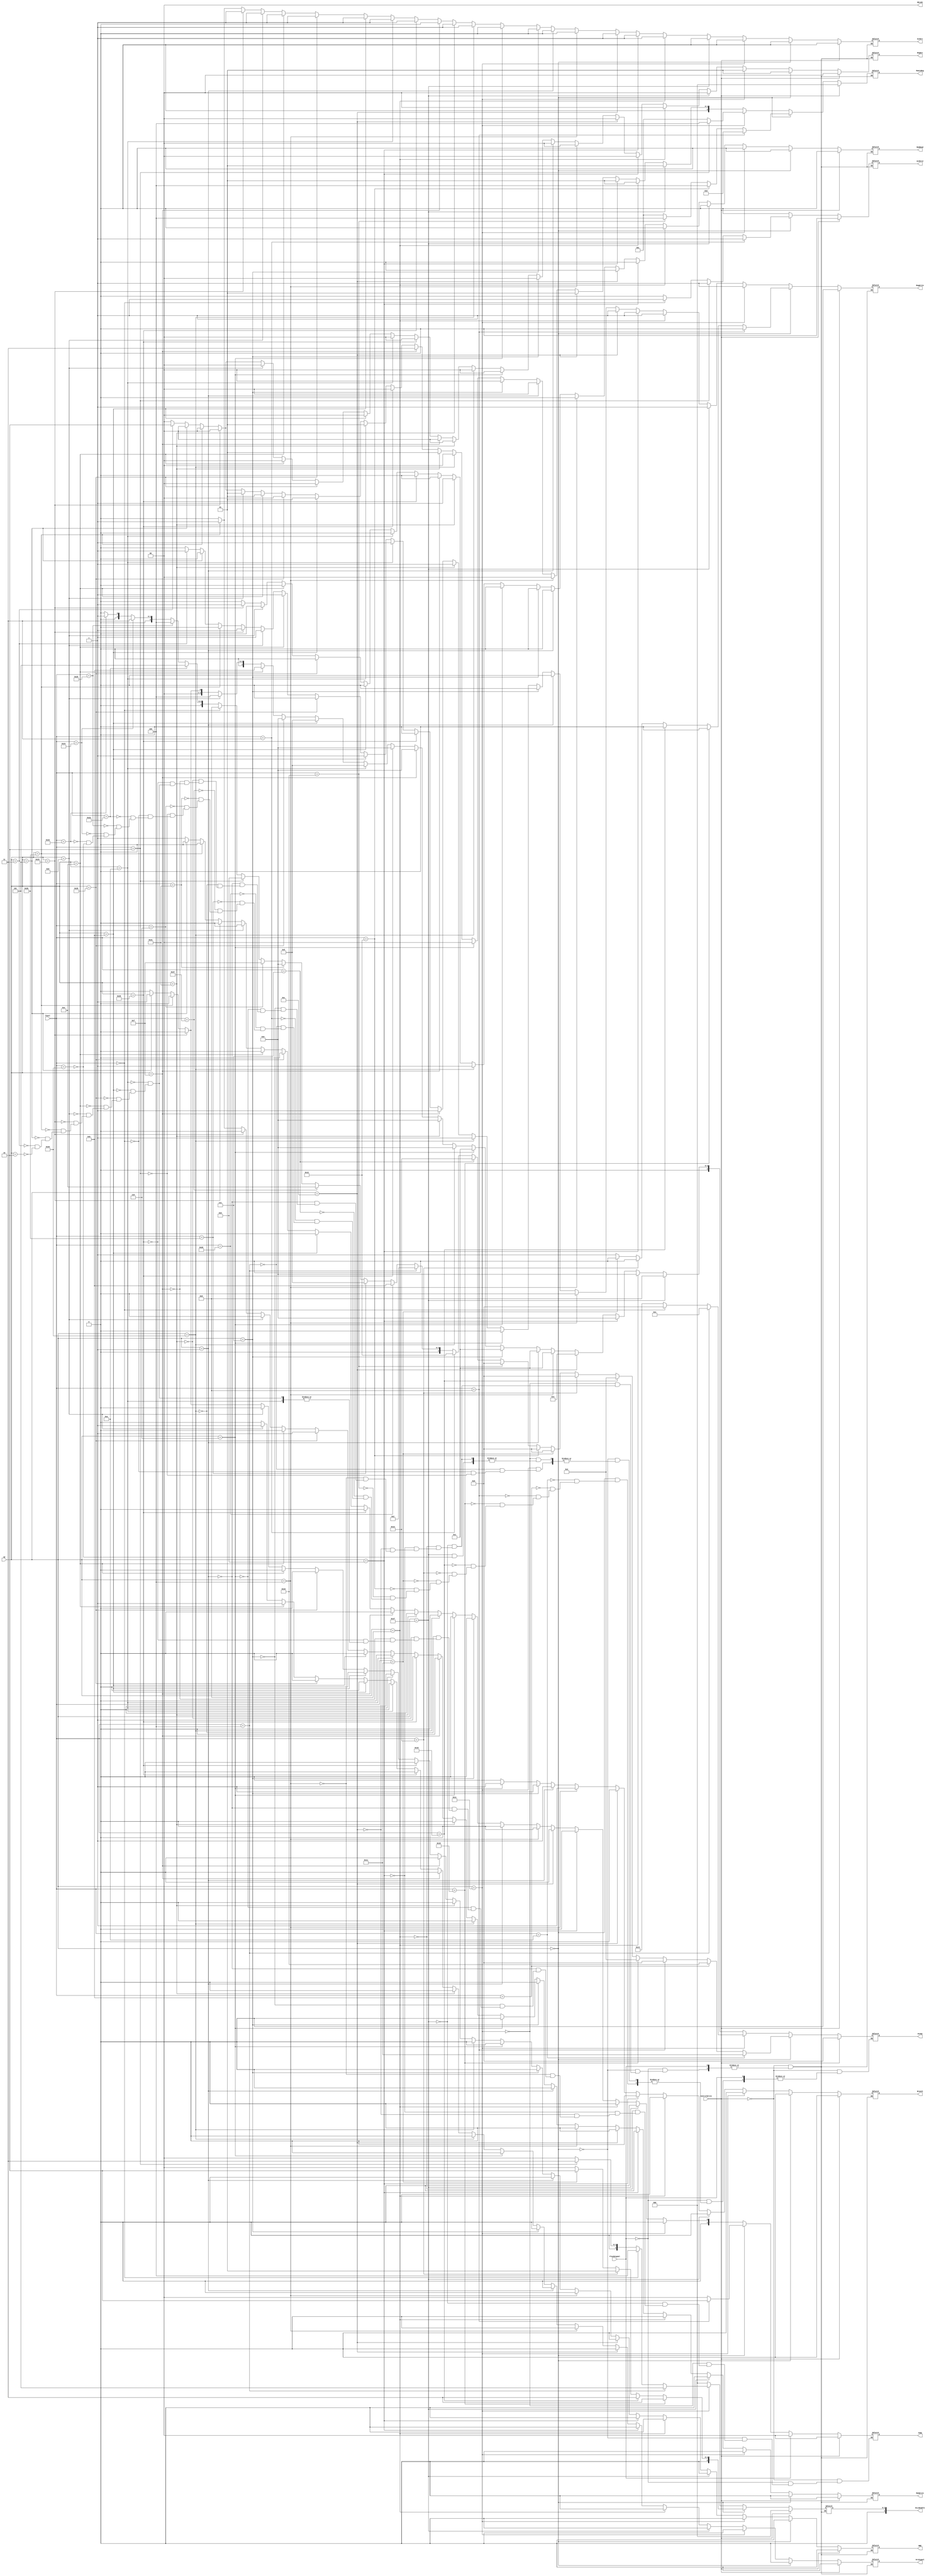
`timescale 1ns / 1ps

module Controller(op, Funct, RegDst, RegWrite, ALUSrc, ALUop,
     MemRead, MemWrite, MemtoReg,  Branch,Jump,ALUSrc2,BNE,SELoHi,HiLoEnable, ControlWrite,
     FlushSignal,OriSignal);
    
    input ControlWrite;
    input [5:0] op;
    input [5:0] Funct;
    input FlushSignal;
    output reg  RegWrite, ALUSrc, MemRead, MemWrite,  
       Branch,ALUSrc2, BNE, OriSignal;
    output reg [4:0] ALUop;
    output reg [1:0] RegDst,Jump, SELoHi;
    output reg [2:0] MemtoReg;
    output reg [3:0] HiLoEnable;
    
    initial begin 
       ALUSrc <= 0;
       ALUSrc2 <=0;
	   RegDst <= 0;
	   RegWrite <= 0;
	   MemRead <= 0;
	   //PCSrc <=0;
	   MemWrite <= 0;
	   MemtoReg <= 0;
	   Branch <= 0;
	   BNE <= 0;
	   Jump <= 0;
	   ALUop <= 4'b0000;
	   SELoHi<=0;
	   HiLoEnable <= 0;
	end 
    
    always @(op,Funct, ControlWrite,FlushSignal) begin 
    
    if (ControlWrite == 1) begin
       ALUSrc <= 0;
       ALUSrc2 <=0;
	   RegDst <= 0;
	   RegWrite <= 0;
	   MemRead <= 0;
	   MemWrite <= 0;
	   MemtoReg <= 0;
	   Branch <= 0;
	   BNE <= 0;
	   Jump <= 0;
	   ALUop <= 4'b0000;
	   SELoHi<=0;
	   HiLoEnable <= 0;
	   OriSignal <=0;
    end
    else if (FlushSignal == 1) begin
        Jump <=0;
    end
    
    else begin
    
	if (op == 6'b000000) begin // R-type instruction
	ALUSrc <= 0;
	RegDst <= 1;
	RegWrite <= 1;
	MemRead <= 0;
	//PCSrc <=0;
	MemWrite <= 0;
	MemtoReg <= 1;
	Branch <= 0;
	BNE <= 0;
	Jump <= 0;
	ALUSrc2 <=0;
	SELoHi<=0;
	HiLoEnable <= 0;
	OriSignal <=0;
		if (Funct == 6'b100000) begin // Add
			ALUop <= 4'b0000;
		end
		if (Funct == 6'b100010) begin // Subtract (sub)
			ALUop <= 4'b0001;
		end
		if (Funct == 6'b100100) begin // And
			ALUop <= 4'b0011;
		end
		if (Funct == 6'b100101) begin // Or
			ALUop <= 4'b0100;
		end
		if (Funct == 6'b101010) begin // SLT
			ALUop <= 4'b0101;
		end
		if (Funct == 6'b000000) begin // SLL
		ALUSrc2 <=1;
		ALUop <= 4'b1000;
		end
		if (Funct == 6'b000010) begin // SRL and rotr
		ALUSrc2 <= 1;
			ALUop <= 4'b1001;
		end
		if (Funct == 6'b000110) begin // SRLV and rotrv
			ALUop <= 4'b1111;
		end
	    if (Funct == 6'b100001) begin // Add unsigned (addu)
			ALUop <= 4'b0000; 
		end
	    if (Funct == 6'b100111) begin // Nor
			ALUop <= 4'b1110; 
		end
        if (Funct == 6'b101011) begin // SLT unsigned (sltu)
			ALUop <= 4'b0101; 
		end
	    if (Funct == 6'b100110) begin // Exclusive or (xor)
			ALUop <= 4'b1011;
		end
	    if (Funct == 6'b000100) begin // SLLV
			ALUop <= 4'b0010;
		end
	    if (Funct == 6'b000011) begin // SRA
			ALUop <= 5'b10010; 
			ALUSrc2 <= 1;
		end
	    if (Funct == 6'b000111) begin // SRAV
			ALUop <= 5'b10011; 
		end
	    if (Funct == 6'b010000) begin // MFHI
	       // SELoHi <= 2;
	        //ALUSrc <= 1;
	        MemtoReg <= 4;
			ALUop <= 4'b0000; 
		end
	    if (Funct == 6'b010010) begin // MFLO
	        //SELoHi <=1;
	        //ALUSrc <=1;
	        MemtoReg <= 4;
			ALUop <= 4'b0000; 
		end
	    if (Funct == 6'b010001) begin // MTHI
	       RegWrite <= 0;
	       HiLoEnable <= 2;
			ALUop <= 4'b0000; 
		end
	    if (Funct == 6'b010011) begin // MTLO
	    RegWrite <= 0;
	    HiLoEnable <= 1;
			ALUop <= 4'b0000; 
		end
	    if (Funct == 6'b011000) begin // Multiply word (mult)
	        RegWrite <= 0;
	        HiLoEnable <= 3;
			ALUop <= 4'b0010; 
		end
	    if (Funct == 6'b011001) begin // Multiply unsigned
	    RegWrite <= 0;
	    HiLoEnable <= 3;
			ALUop <= 4'b0010; 
		end
	    if (Funct == 6'b001000) begin // JR
	       Jump <= 2;
	       RegWrite <= 0;
	       MemWrite <= 0;
	       MemtoReg <= 2;
			ALUop <= 4'b0000; 
		end
	    if (Funct == 6'b001011) begin // Move conditional on not zero (movn)
			ALUop <= 5'b10000; 
		end
	    if (Funct == 6'b001010) begin // Move conditional on zero (movz)
			ALUop <= 5'b10001; 
		end

	end

    
	else if (op == 6'b011100) begin // Special reg 2
	ALUSrc <= 0;
	RegDst <= 1;
	RegWrite <= 1;
	MemRead <= 0;
	MemWrite <= 0;
	MemtoReg <= 1;
	//PCSrc <= 0;
	BNE <= 0;
	Branch <= 0;
	Jump <= 0;
	ALUSrc2 <=0;
	SELoHi<=0;
	HiLoEnable <= 0;
	OriSignal <=0;
	/*
		if (Funct == 6'b100001) begin // 
			ALUop <= 4'b1011;
		end
		if (Funct == 6'b100000) begin // 
			ALUop <= 4'b1100;
		end */
		if (Funct == 6'b000010) begin // mul
	    //SELoHi<=1;
		HiLoEnable <= 3;
	    //ALUSrc <= 1;
		ALUop <= 5'b10100; 
		//ALUop <= 4'b0000;
		MemtoReg <= 4;
			
		end 
	   	if (Funct == 6'b000000) begin // Multiply and add word to hi,lo (madd)
	   	   HiLoEnable <=4;
			ALUop <= 4'b0000; 
		end
	    if (Funct == 6'b000100) begin // Multiply and subtract word to hi,lo (msub)
			ALUop <= 4'b0001; 
			HiLoEnable <=5;
		end
	end 
	
    else if (op == 6'b011111) begin // Special reg 3 (WIP)
	ALUSrc <= 0;
	ALUSrc2 <=0;
	RegDst <= 0;
	RegWrite <= 1;
	BNE <= 0;
	MemRead <= 0;
	MemWrite <= 0;
	MemtoReg <= 1;
	//PCSrc <= 0;
	Branch <= 0;
	Jump <= 0;
	SELoHi <= 0;
	HiLoEnable <= 0;
	OriSignal <=0;
		if (Funct == 6'b100000) begin // Sign-extend halfword (seh)
			ALUop <= 4'b1000; 
		end
		if (Funct == 6'b100000) begin // Sign-extend byte (seb)
			ALUop <= 4'b1000; 
		end
	end 


    else if (op == 6'b001000) begin //ADDI
	ALUSrc <= 1;
	RegDst <= 0;
	ALUSrc2 <=0;
	RegWrite <= 1;
	ALUop <= 4'b0000;
	MemRead <= 0;
	BNE <= 0;
	MemWrite <= 0;
	MemtoReg <= 1;
	//PCSrc <= 0;
	Branch <= 0;
	Jump <= 0;
	SELoHi<=0;
	HiLoEnable <= 0;
	OriSignal <=0;
	end
	
	else if (op == 6'b001001) begin //ADDIU
	ALUSrc <= 1;
	RegDst <= 0;
	RegWrite <= 1;
	ALUop <= 4'b0000;
	MemRead <= 0;
	MemWrite <= 0;
	ALUSrc2 <=0;
	MemtoReg <= 1;
	BNE <= 0;
	//PCSrc <= 0;
	Branch <= 0;
	Jump <= 0;
	SELoHi<=0;
	HiLoEnable <= 0;
	OriSignal <=0;
	end
	
	else if (op == 6'b001100) begin //ANDI
	ALUSrc <= 1;
	RegDst <= 0;
	RegWrite <= 1;
	BNE <= 0;
	ALUop <= 4'b0011;
	MemRead <= 0;
	MemWrite <= 0;
	ALUSrc2 <=0;
	MemtoReg <= 1;
	//PCSrc <= 0;
	Branch <= 0;
	Jump <= 0;
	SELoHi<=0;
	HiLoEnable <= 0;
	OriSignal <=0;
	end
	
	else if (op == 6'b000100) begin //BEQ
	ALUSrc <= 0;
	RegDst <= 0;
	ALUSrc2 <=0;
	BNE <= 0;
	RegWrite <= 0;
	ALUop <= 4'b0001;
	MemRead <= 0;
	MemWrite <= 0;
	MemtoReg <= 0;
	//PCSrc <= 1;
	Branch <= 1;
	Jump <= 0;
	SELoHi<=0;
	HiLoEnable <= 0;
	OriSignal <=0;
	end
    
    else if (op == 6'b000001) begin //BGEZ
	ALUSrc <= 0;
	RegDst <= 0;
	RegWrite <= 0;
	ALUSrc2 <=0;
	BNE <= 0;
	ALUop <= 4'b0001;
	MemRead <= 0;
	MemWrite <= 0;
	MemtoReg <= 0;
	//PCSrc <= 1;
	Branch <= 1;
	Jump <= 0;
	SELoHi<=0;
	HiLoEnable <= 0;
	OriSignal <=0;	
	end
	
	else if (op == 6'b000111) begin //BGTZ
	ALUSrc <= 0;
	RegDst <= 0;
	ALUSrc2 <=0;
	BNE <= 0;
	RegWrite <= 0;
	ALUop <= 4'b0001;
	MemRead <= 0;
	MemWrite <= 0;
	MemtoReg <= 0;
	//PCSrc <= 1;
	Branch <= 1;
	Jump <= 0;
	SELoHi<=0;
	HiLoEnable <= 0;
	OriSignal <=0;
	end
	
	else if (op == 6'b000110) begin //BLEZ
	ALUSrc <= 0;
	RegDst <= 0;
	RegWrite <= 0;
	ALUop <= 4'b0001;
	MemRead <= 0;
	MemWrite <= 0;
	MemtoReg <= 0;
	BNE <= 0;
	//PCSrc <= 1;
	Branch <= 1;
	Jump <= 0;
	ALUSrc2 <=0;
	SELoHi<=0;
	HiLoEnable <= 0;
	OriSignal <=0;
	end
	
	else if (op == 6'b000001) begin //BLTZ
	ALUSrc <= 0;
	RegDst <= 0;
	RegWrite <= 0;
	ALUop <= 4'b0001;
	MemRead <= 0;
	MemWrite <= 0;
	BNE <= 0;
	MemtoReg <= 0;
	//PCSrc <= 1;
	Branch <= 1;
	Jump <= 0;
	ALUSrc2 <=0;
	SELoHi<=0;
	HiLoEnable <= 0;
	OriSignal <=0;
	end
	
	else if (op == 6'b100000) begin //LB
	ALUSrc <= 1;
	RegDst <= 0;
	RegWrite <= 1;
	ALUop <= 4'b0000;
	MemRead <= 1;
	BNE <= 0;
	MemWrite <= 0;
	MemtoReg <= 0;
	//PCSrc <= 0;
	Branch <= 0;
	ALUSrc2 <=0;
	Jump <= 0;
	SELoHi<=0;
	HiLoEnable <= 0;
	OriSignal <=0;
	end
	
	else if (op == 6'b100001) begin //LH
	ALUSrc <= 1;
	RegDst <= 0;
	RegWrite <= 1;
	ALUop <= 4'b0000;
	MemRead <= 1;
	BNE <= 0;
	MemWrite <= 0;
	MemtoReg <= 1;
	//PCSrc <= 0;
	Branch <= 0;
	ALUSrc2 <=0;
	Jump <= 0;
	SELoHi<=0;
	HiLoEnable <= 0;
	OriSignal <=0;
	end
    
    else if (op == 6'b001111) begin //LUI
	ALUSrc <= 0;
	RegDst <= 0;
	RegWrite <= 1;
	BNE <= 0;
	ALUop <= 4'b0000;
	MemRead <= 0;
	MemWrite <= 0;
	MemtoReg <= 3;
	//PCSrc <= 0;
	Branch <= 0;
	Jump <= 0;
	ALUSrc2 <=0;
	SELoHi<=0;
	HiLoEnable <= 0;
	OriSignal <=0;
	end
	
	else if (op == 6'b101000) begin //SB
	ALUSrc <= 1;
	RegDst <= 0;
	RegWrite <= 0;
	ALUop <= 4'b0000;
	MemRead <= 0;
	MemWrite <= 1;
	MemtoReg <= 0;
	BNE <= 0;
	//PCSrc <= 0;
	Branch <= 0;
	Jump <= 0;
	ALUSrc2 <=0;
	SELoHi<=0;
	HiLoEnable <= 0;
	OriSignal <=0;
	end
	
	else if (op == 6'b001010) begin //SLTI
	ALUSrc <= 1;
	RegDst <= 0;
	RegWrite <= 1;
	ALUop <= 4'b0101;
	MemRead <= 0;
	MemWrite <= 0;
	MemtoReg <= 1;
	BNE <= 0;
	//PCSrc <= 0;
	Branch <= 0;
	ALUSrc2 <=0;
	SELoHi<=0;
	HiLoEnable <= 0;
	OriSignal <=0;
	end
	
	else if (op == 6'b001011) begin //SLTIU
	ALUSrc <= 1;
	RegDst <= 0;
	RegWrite <= 1;
	ALUop <= 4'b0101;
	MemRead <= 0;
	MemWrite <= 0;
	MemtoReg <= 1;
	BNE <= 0;
	//PCSrc <= 0;
	Branch <= 0;
	Jump <= 0;
	ALUSrc2 <=0;
	SELoHi<=0;
	HiLoEnable <= 0;
	OriSignal <=0;
	end
	
	else if (op == 6'b101001) begin //SH
	ALUSrc <= 1;
	RegDst <= 0;
	RegWrite <= 0;
	ALUop <= 4'b0000;
	MemRead <= 0;
	MemWrite <= 1;
	MemtoReg <= 0;
	BNE <= 0;
	//PCSrc <= 0;
	Branch <= 0;
	Jump <= 0;
	ALUSrc2 <=0;
	SELoHi<=0;
	HiLoEnable <= 0;
	OriSignal <=0;
	end
	
	else if (op == 6'b001110) begin //XORI
	ALUSrc <= 1;
	RegDst <= 0;
	RegWrite <= 1;
	ALUop <= 4'b1011;
	MemRead <= 0;
	MemWrite <= 0;
	BNE <= 0;
	MemtoReg <= 1;
	//PCSrc <= 0;
	Branch <= 0;
	Jump <= 0;
	ALUSrc2 <=0;
	SELoHi<=0;
	HiLoEnable <= 0;
	OriSignal <=1;
	end
	
	else if (op == 6'b001101) begin //ORI
	ALUSrc <= 1;
	RegDst <= 0;
	RegWrite <= 1;
	ALUop <= 4'b0100;
	MemRead <= 0;
	MemWrite <= 0;
	BNE <= 0;
	MemtoReg <= 1;
	//PCSrc <= 0;
	Branch <= 0;
	Jump <= 0;
	ALUSrc2 <=0;
	SELoHi<=0;
	HiLoEnable <= 0;
	OriSignal <=1;
	end
	
	else if (op == 6'b100011) begin //LW
	ALUSrc <= 1;
	RegDst <= 0;
	RegWrite <= 1;
	ALUop <= 4'b0000;
	MemRead <= 1;
	MemWrite <= 0;
	BNE <= 0;
	MemtoReg <= 0;
	//PCSrc <= 0;
	Branch <= 0;
	Jump <= 0;
	ALUSrc2 <=0;
	SELoHi<=0;
	HiLoEnable <= 0;
	OriSignal <=0;
	end
	
	else if (op == 6'b101011) begin //SW
	ALUSrc <= 1;
	RegDst <= 0;
	RegWrite <= 0;
	ALUop <= 4'b0000;
	MemRead <= 0;
	MemWrite <= 1;
	MemtoReg <= 0;
	//PCSrc <= 0;
	BNE <= 0;
	Branch <= 0;
	Jump <= 0;
	ALUSrc2 <=0;
	SELoHi<=0;
	HiLoEnable <= 0;
	OriSignal <=0;
	end
	
	else if (op == 6'b000101) begin //BNE
	ALUSrc <= 0;
	RegDst <= 0;
	RegWrite <= 0;
	ALUop <= 4'b0001;
	MemRead <= 0;
	MemWrite <= 0;
	MemtoReg <= 0;
	BNE <= 1;
	//PCSrc <= 1;
	Branch <= 0;
	Jump <= 0;
	ALUSrc2 <=0;
	SELoHi<=0;
	HiLoEnable <= 0;
	OriSignal <=0;
	end
	
	else if (op == 6'b000011) begin // JAL
    ALUSrc <= 0;
	RegDst <= 2;
	RegWrite <= 1;
	ALUop <= 4'b0000;
	MemRead <= 0;
	MemWrite <= 0;
	BNE <= 0;
	MemtoReg <= 2;
	//PCSrc <= 0;
	Branch <= 0;
	Jump <= 1;
	ALUSrc2 <=0;
	SELoHi<=0;
	HiLoEnable <= 0;
	OriSignal <=0;
	end
	
	else if (op == 6'b000010) begin // Jump
    ALUSrc <= 0;
    ALUSrc2 <=0;
    RegDst <= 0;
    RegWrite <= 0;
    ALUop <= 4'b0000;
    MemRead <= 0;
    MemWrite <= 0;
    MemtoReg <= 0;
    //PCSrc <= 0;
    BNE <= 0;
    Branch <= 0;
    Jump <= 1;
    SELoHi<=0;
    HiLoEnable <= 0;
    OriSignal <=0;
    end
    
    end
end
endmodule